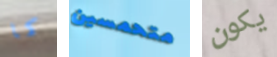
كما متحمسين يكون